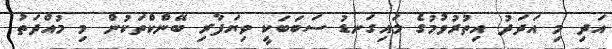
އަދި މި އަދަދު އިތުރުވުމުގެ މައިގަނޑު ސަބަބަކީ ވިޔަފާރި ބޭންކްތަކުން މި މުއްދަތު